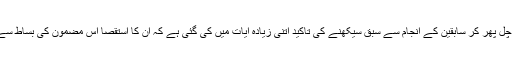
زمین میں چل پھر کر سابقین کے انجام سے سبق سیکھنے کی تاکید اتنی زیادہ آیات میں کی گئی ہے کہ ان کا استقصا اس مضمون کی بساط سے باہر ہے۔